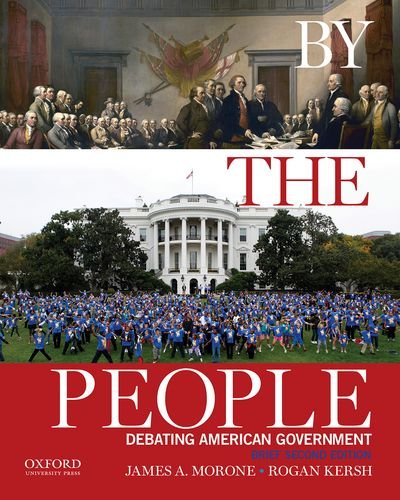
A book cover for By the People: Debating American Government; James A. Morone; Politics & Social Sciences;